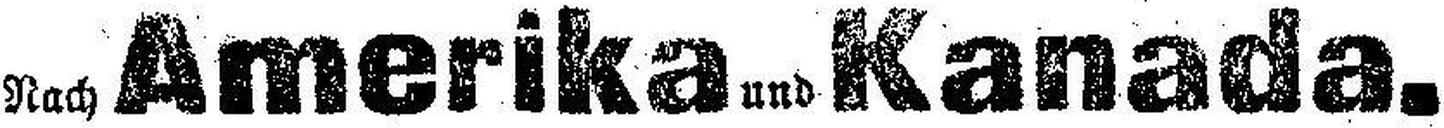
Nach Amerika und Kanada.